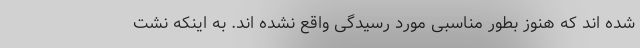
شده اند که هنوز بطور مناسبی مورد رسیدگی واقع نشده اند. به اینکه نشت